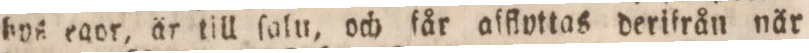
hvs egor, är till ſalu, och får afflyttas derifrån när